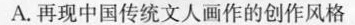
A.再现中国传统文人画作的创作风格